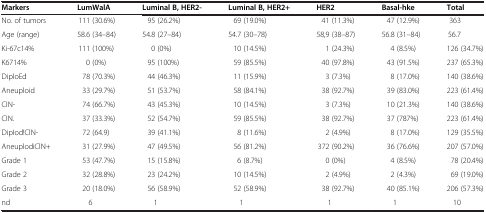
| Markers | LumWalA | Luminal B, HER2- | Luminal B, HER2+ | HER2 | Basal-hke | Total |
 | --- | --- | --- | --- | --- | --- | --- |
 | No. of tumors | 111 (30.6%) | 95 (26.2%) | 69 (19.0%) | 41 (11.3%) | 47 (12.9%) | 363 |
 | Age (range) | 58.6 (34–84) | 54.8 (27–84) | 54.7 (30–78) | 58,9 (38–87) | 56.8 (31–84) | 56.7 |
 | Ki-67c14% | 111 (100%) | 0 (0%) | 10 (14.5%) | 1 (24.3%) | 4 (8.5%) | 126 (34.7%) |
 | K6714% | 0 (0%) | 95 (100%) | 59 (85.5%) | 40 (97.8%) | 43 (91.5%) | 237 (65.3%) |
 | DiploEd | 78 (70.3%) | 44 (46.3%) | 11 (15.9%) | 3 (7.3%) | 8 (17.0%) | 140 (38.6%) |
 | Aneuploid | 33 (29.7%) | 51 (53.7%) | 58 (84.1%) | 38 (92.7%) | 39 (83.0%) | 223 (61.4%) |
 | CIN- | 74 (66.7%) | 43 (45.3%) | 10 (14.5%) | 3 (7.3%) | 10 (21.3%) | 140 (38.6%) |
 | CIN. | 37 (33.3%) | 52 (54.7%) | 59 (85.5%) | 38 (92.7%) | 37 (787%) | 223 (61.4%) |
 | DipIod!ClN- | 72 (64.9) | 39 (41.1%) | 8 (11.6%) | 2 (4.9%) | 8 (17.0%) | 129 (35.5%) |
 | AneuplodiClN+ | 31 (27.9%) | 47 (49.5%) | 56 (81.2%) | 372 (90.2%) | 36 (76.6%) | 207 (57.0%) |
 | Grade 1 | 53 (47.7%) | 15 (15.8%) | 6 (8.7%) | 0 (0%) | 4 (8.5%) | 78 (20.4%) |
 | Grade 2 | 32 (28.8%) | 23 (24.2%) | 10 (14.5%) | 2 (4.9%) | 2 (4.3%) | 69 (19.0%) |
 | Grade 3 | 20 (18.0%) | 56 (58.9%) | 52 (58.9%) | 38 (92.7%) | 40 (85.1%) | 206 (57.3%) |
 | nd | 6 | 1 | 1 | 1 | 1 | 10 |